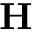
{ \textbf H }